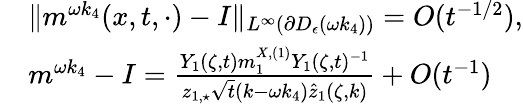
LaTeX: \begin{array}{rl}&{\| m^{\omega k_{4}}(x,t,\cdot)-I\| _{L^{\infty}(\partial D_{\epsilon}(\omega k_{4}))}=O(t^{-1/2}),}\\ &{m^{\omega k_{4}}-I=\frac{Y_{1}(\zeta,t)m_{1}^{X,(1)}Y_{1}(\zeta,t)^{-1}}{z_{1,\star}\sqrt{t}(k-\omega k_{4})\hat{z}_{1}(\zeta,k)}+O(t^{-1})}\end{array}